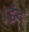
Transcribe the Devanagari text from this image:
।ईद